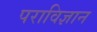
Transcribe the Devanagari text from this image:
पराविज्ञान